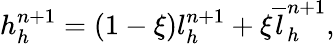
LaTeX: h_{h}^{n+1}=(1-\xi){l}_{h}^{n+1}+\xi\overline{{l}}_{h}^{n+1},